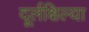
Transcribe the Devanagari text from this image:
दूर्लक्षिल्या